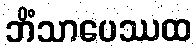
ဘိံသာပေဿထ